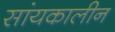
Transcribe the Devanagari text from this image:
सांयकालीन